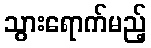
သွားရောက်မည့်